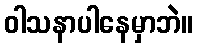
ဝါသနာပါနေမှာဘဲ။